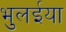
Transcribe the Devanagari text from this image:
भुलईया